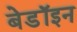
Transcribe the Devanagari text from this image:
बेडॉइन